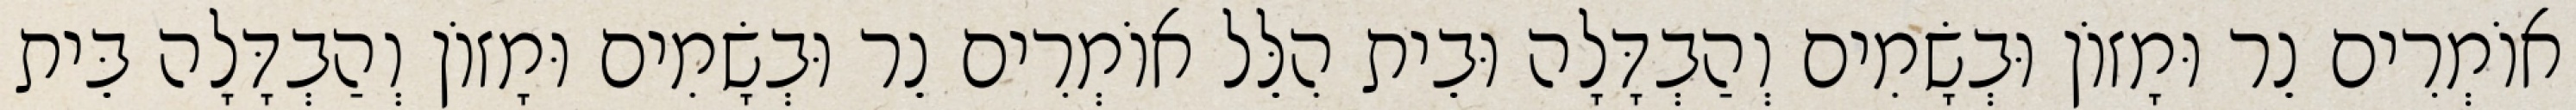
אוֹמְרִים נֵר וּמָזוֹן וּבְשָׂמִים וְהַבְדָּלָה וּבֵית הִלֵּל אוֹמְרִים נֵר וּבְשָׂמִים וּמָזוֹן וְהַבְדָּלָה בֵּית